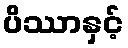
ပိဿာနှင့်